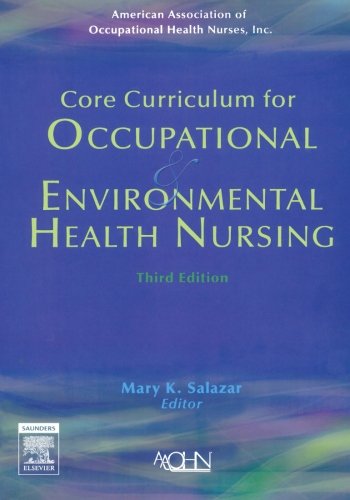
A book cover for Core Curriculum for Occupational and Environmental Health Nursing, 3e; American Association of Occupational Health Nurses; Medical Books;